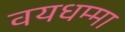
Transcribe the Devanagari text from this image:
वयधम्मा